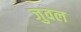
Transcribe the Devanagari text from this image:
जुवल